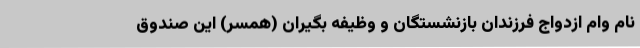
نام وام ازدواج فرزندان بازنشستگان و وظیفه بگیران (همسر) این صندوق